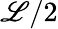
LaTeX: \mathscr{L}/2